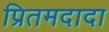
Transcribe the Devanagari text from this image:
प्रितमदादा